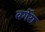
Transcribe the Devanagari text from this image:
बर्गेरा